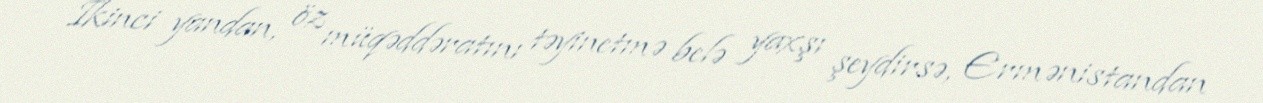
İkinci yandan, öz müqəddəratını təyinetmə belə yaxşı şeydirsə, Ermənistandan